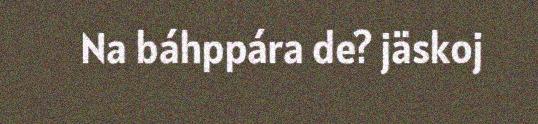
Na báhppára de? jäskoj